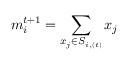
\boldsymbol { m } _ { i } ^ { t + 1 } = \sum _ { x _ { j } \in S _ { i , ( t ) } } \boldsymbol { x } _ { j }